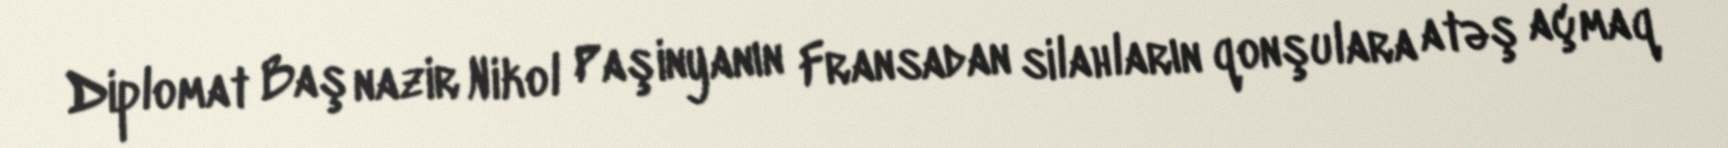
Diplomat Baş nazir Nikol Paşinyanın Fransadan silahların qonşulara atəş açmaq